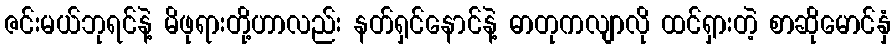
ဇင်းမယ်ဘုရင်နဲ့ မိဖုရားတို့ဟာလည်း နတ်ရှင်နောင်နဲ့ ဓာတုကလျာလို ထင်ရှားတဲ့ စာဆိုမောင်နှံ